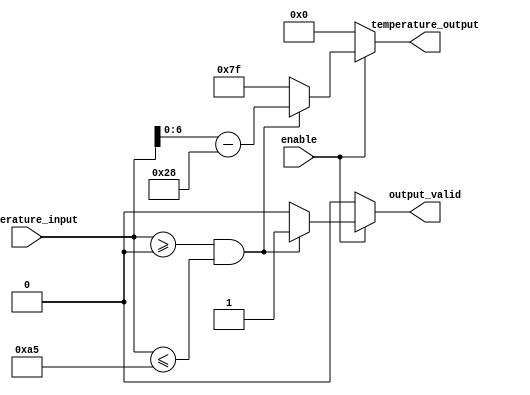
module thermal_encoder (
    input wire [7:0] temperature_input,  // 8-bit input representing temperature value
    input wire enable,                    // Enable control signal
    output reg [6:0] temperature_output,  // 7-bit output representing encoded temperature
    output reg output_valid                // Output validity flag
);

// Define local parameters
localparam TEMP_MIN = 8'd0;             // Minimum temperature input for the range (-40C offset)
localparam TEMP_MAX = 8'd165;           // Maximum temperature input for the range (125C offset)

// Encoding logic
always @(*) begin
    // Default values
    temperature_output = 7'b0;
    output_valid = 1'b0;

    if (enable) begin
        // Check the input range
        if (temperature_input >= TEMP_MIN && temperature_input <= TEMP_MAX) begin
            // Apply offset to map -40C to 0 and 125C to 165
            temperature_output = temperature_input - 8'd40; // map -40C to 0
            output_valid = 1'b1;    // Set valid flag
        end else begin
            // If input temperature is out of range, indicate invalid output
            temperature_output = 7'b1111111; // Error code (for example, all bits set)
            output_valid = 1'b0;    // Clear valid flag
        end
    end else begin
        // If not enabled, output can be set to zero (or other defined behavior)
        temperature_output = 7'b0; // or maintain previous output state
        output_valid = 1'b0;       // Invalid output when disabled
    end
end

endmodule